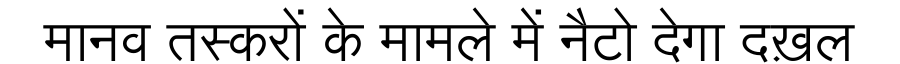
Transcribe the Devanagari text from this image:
मानव तस्करों के मामले में नैटो देगा दख़ल